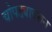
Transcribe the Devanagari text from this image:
चोपड्यावरून